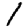
Digit: 1